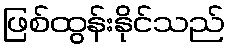
ဖြစ်ထွန်းနိုင်သည်